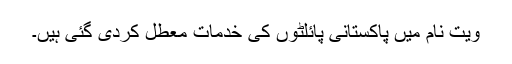
ویت نام میں پاکستانی پائلٹوں کی خدمات معطل کردی گئی ہیں۔